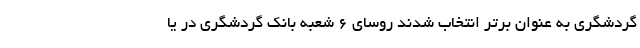
گردشگری به عنوان برتر انتخاب شدند روسای 6 شعبه بانک گردشگری در یا